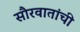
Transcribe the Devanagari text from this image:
सौरवातांची